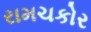
રામચકોર